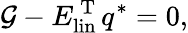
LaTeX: \mathcal{G}-E_{\mathrm{{lin}}}^{\mathrm{{~T~}}}q^{*}=0,